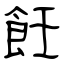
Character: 飪